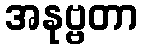
အနုဗ္ဗတာ